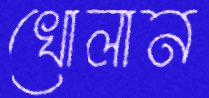
খোলান